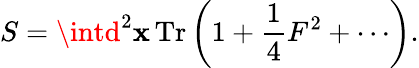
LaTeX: S=\intd^{2}\mathbf{x}\, \mathrm{{Tr}}\left(1+\frac{{1}}{{4}}F^{2}+\cdots\right).